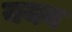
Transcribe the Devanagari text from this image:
ययन